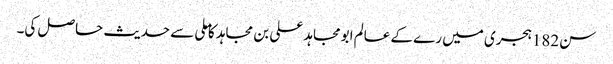
سن182ہجری میں رے کے عالم ابومجاہد علی بن مجاہد کا ملی سے حدیث حاصل کی۔